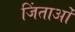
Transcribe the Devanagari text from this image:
जिंताओं